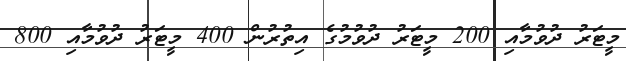
މީޓަރު ދުވުމާއި 200 މީޓަރު ދުވުމުގެ އިތުރުން 400 މީޓަރު ދުވުމާއި 800